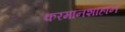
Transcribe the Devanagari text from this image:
करमानशाहान